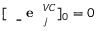
[ \mathrm { ~ \bf ~ \underline { ~ } { ~ e ~ } ~ } _ { j } ^ { V C } ] _ { 0 } = 0